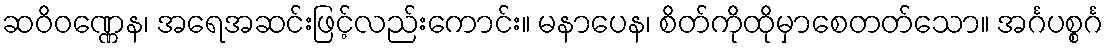
ဆဝိဝဏ္ဏေန၊ အရေအဆင်းဖြင့်လည်းကောင်း။ မနာပေန၊ စိတ်ကိုထိုမှာစေတတ်သော။ အင်္ဂပစ္စင်္ဂ